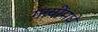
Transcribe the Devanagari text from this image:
गायींमधे